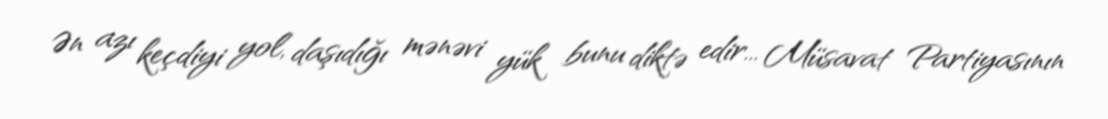
Ən azı keçdiyi yol, daşıdığı mənəvi yük bunu diktə edir... Müsavat Partiyasının